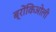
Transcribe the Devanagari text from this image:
ब्रोंकिओली